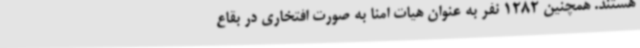
هستند. همچنین 1282 نفر به عنوان هیات امنا به صورت افتخاری در بقاع